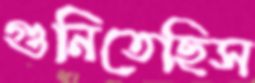
গুনিতেছিস